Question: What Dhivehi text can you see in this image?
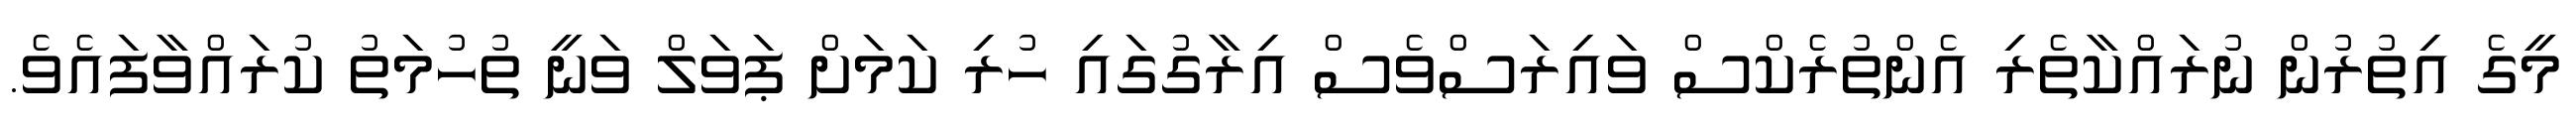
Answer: މީގެ އިތުރުން ނުރައްކާތެރި އެންތުރެކްސް ވައިރަސްވެސް އިރާގުގައި ހުރި ކަމަށް ޕަވަލް ވަނީ ތުހުމަތު ކުރައްވާފައެވެ.